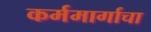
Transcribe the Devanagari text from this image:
कर्ममार्गाचा